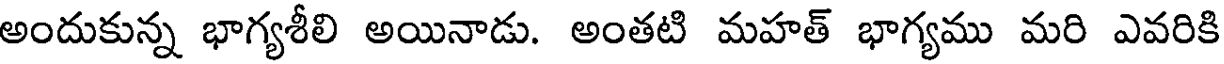
అందుకున్న భాగ్యశీలి అయినాడు. అంతటి మహత్ భాగ్యము మరి ఎవరికి